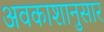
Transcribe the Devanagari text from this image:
अवकाशानुसार